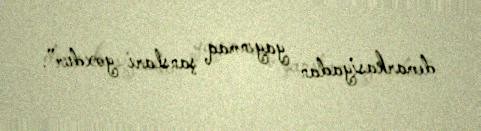
demarkasiyadan yayınmaq şansları yoxdur”.